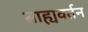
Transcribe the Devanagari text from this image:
बाह्यवर्तन